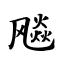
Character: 飚